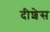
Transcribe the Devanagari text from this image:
दीशेस